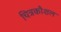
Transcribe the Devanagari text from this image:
चित्रकौशल